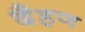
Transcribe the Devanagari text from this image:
दैहण